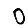
Digit: 0